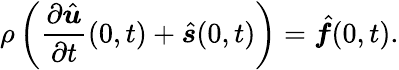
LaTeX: \rho\left(\frac{\partial\hat{\boldsymbol u}}{\partial t}(0,t)+\hat{\boldsymbol s}(0,t)\right)=\hat{\boldsymbol f}(0,t).